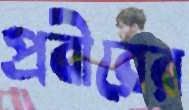
প্রবীরের